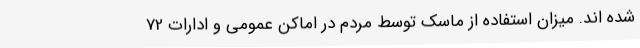
شده اند. میزان استفاده از ماسک توسط مردم در اماکن عمومی و ادارات 72